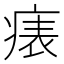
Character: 𤷶